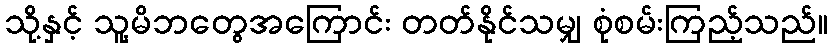
သို့နှင့် သူ့မိဘတွေအကြောင်း တတ်နိုင်သမျှ စုံစမ်းကြည့်သည်။